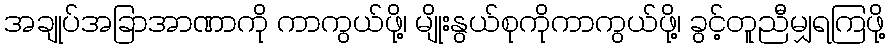
အချုပ်အခြာအာဏာကို ကာကွယ်ဖို့၊ မျိုးနွယ်စုကိုကာကွယ်ဖို့၊ ခွင့်တူညီမျှရကြဖို့